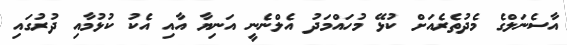
އާސެނަލްގެ މެދުތެރެއަށް ކުޅޭ މުހައްމަދު އެލްނެނީ އަނިޔާ އާއި އެކު ކުޅުމާއި ދުރުގައި